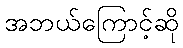
အဘယ်ကြောင့်ဆို